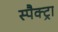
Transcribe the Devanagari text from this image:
स्पैक्ट्रा